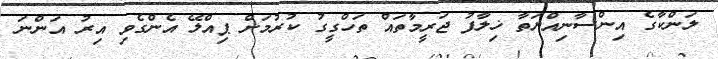
ލަންކާގެ އިންސާނިއްޔަތާ ޚިލާފު ޖަރީމާތައް ތަހްގީގު ކުރުމަށް ޕިއްލޭ އެންގެވި އިރު އަންނަ